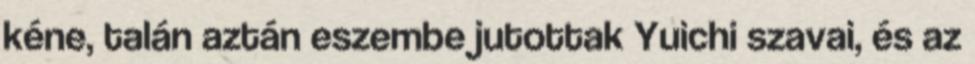
kéne, talán aztán eszembe jutottak Yuichi szavai, és az